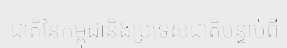
ជាតិនៃកម្ពុជានិងប្រទេសជាតិបន្ទាប់ពី